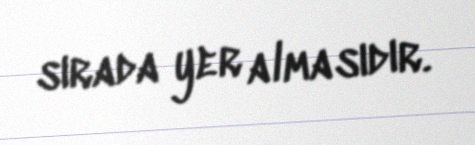
sırada yer almasıdır.